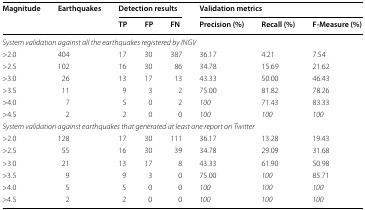
<table><thead><tr><td rowspan="2"><b>Magnitude</b></td><td rowspan="2"><b>Earthquakes</b></td><td colspan="3"><b>Detection results</b></td><td colspan="3"><b>Validation metrics</b></td></tr><tr><td><b>TP</b></td><td><b>FP</b></td><td><b>FN</b></td><td><b>Precision (%)</b></td><td><b>Recall (%)</b></td><td><b>F-Measure (%)</b></td></tr></thead><tbody><tr><td colspan="8"><i>System validation against all the earthquakes registered by INGV</i></td></tr><tr><td>&gt;2.0</td><td>404</td><td>17</td><td>30</td><td>387</td><td>36.17</td><td>4.21</td><td>7.54</td></tr><tr><td>&gt;2.5</td><td>102</td><td>16</td><td>30</td><td>86</td><td>34.78</td><td>15.69</td><td>21.62</td></tr><tr><td>&gt;3.0</td><td>26</td><td>13</td><td>17</td><td>13</td><td>43.33</td><td>50.00</td><td>46.43</td></tr><tr><td>&gt;3.5</td><td>11</td><td>9</td><td>3</td><td>2</td><td>75.00</td><td>81.82</td><td>78.26</td></tr><tr><td>&gt;4.0</td><td>7</td><td>5</td><td>0</td><td>2</td><td><i>100</i></td><td>71.43</td><td>83.33</td></tr><tr><td>&gt;4.5</td><td>2</td><td>2</td><td>0</td><td>0</td><td><i>100</i></td><td><i>100</i></td><td><i>100</i></td></tr><tr><td colspan="8"><i>System validation against earthquakes that generated at least one report on Twitter</i></td></tr><tr><td>&gt;2.0</td><td>128</td><td>17</td><td>30</td><td>111</td><td>36.17</td><td>13.28</td><td>19.43</td></tr><tr><td>&gt;2.5</td><td>55</td><td>16</td><td>30</td><td>39</td><td>34.78</td><td>29.09</td><td>31.68</td></tr><tr><td>&gt;3.0</td><td>21</td><td>13</td><td>17</td><td>8</td><td>43.33</td><td>61.90</td><td>50.98</td></tr><tr><td>&gt;3.5</td><td>9</td><td>9</td><td>3</td><td>0</td><td>75.00</td><td><i>100</i></td><td>85.71</td></tr><tr><td>&gt;4.0</td><td>5</td><td>5</td><td>0</td><td>0</td><td><i>100</i></td><td><i>100</i></td><td><i>100</i></td></tr><tr><td>&gt;4.5</td><td>2</td><td>2</td><td>0</td><td>0</td><td><i>100</i></td><td><i>100</i></td><td><i>100</i></td></tr></tbody></table>